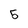
Character: 5